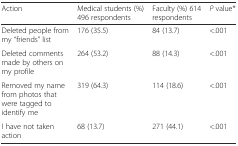
<table><thead><tr><td><b>Action</b></td><td><b>Medical students (%) 496 respondents</b></td><td><b>Faculty (%) 614 respondents</b></td><td><b><i>P</i> value*</b></td></tr></thead><tbody><tr><td>Deleted people from my “friends” list</td><td>176 (35.5)</td><td>84 (13.7)</td><td>&lt;.001</td></tr><tr><td>Deleted comments made by others on my profile</td><td>264 (53.2)</td><td>88 (14.3)</td><td>&lt;.001</td></tr><tr><td>Removed my name from photos that were tagged to identify me</td><td>319 (64.3)</td><td>114 (18.6)</td><td>&lt;.001</td></tr><tr><td>I have not taken action</td><td>68 (13.7)</td><td>271 (44.1)</td><td>&lt;.001</td></tr></tbody></table>